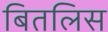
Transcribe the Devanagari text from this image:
बितलिस